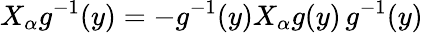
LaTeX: X_{\alpha}g^{-1}(y)=-g^{-1}(y)X_{\alpha}g(y)\, g^{-1}(y)